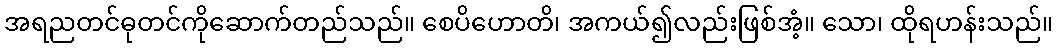
အရညတင်ဓုတင်ကိုဆောက်တည်သည်။ စေပိဟောတိ၊ အကယ်၍လည်းဖြစ်အံ့။ သော၊ ထိုရဟန်းသည်။